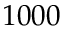
1 0 0 0